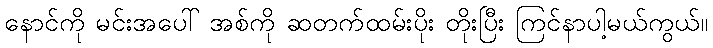
နောင်ကို မင်းအပေါ် အစ်ကို ဆတက်ထမ်းပိုး တိုးပြီး ကြင်နာပါ့မယ်ကွယ်။